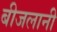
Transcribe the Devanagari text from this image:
बीजलानी